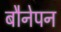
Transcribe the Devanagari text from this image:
बौनेपन